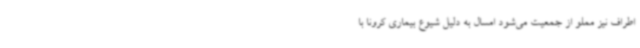
اطراف نیز مملو از جمعیت می‌شود امسال به دلیل شیوع بیماری کرونا با